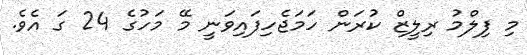
މި ފިލްމު ރިލީޒް ކުރަން ހަމަޖެހިފައިވަނީ މޭ މަހުގެ 24 ގަ އެވެ.